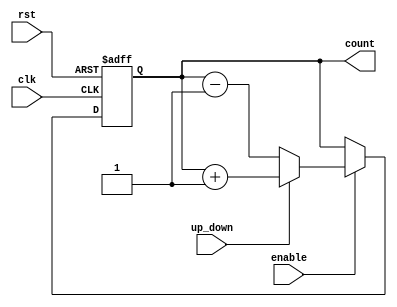
module up_down_counter (
    input clk,
    input rst,
    input up_down,
    input enable,
    output reg [7:0] count
);

// Register to hold the current count value
reg [7:0] count_reg;

always @(posedge clk or posedge rst)
begin
    if (rst)
        count_reg <= 8'h00;
    else if (enable)
    begin
        if (up_down)
            count_reg <= count_reg + 1;
        else
            count_reg <= count_reg - 1;
    end
end

// Output the current count value
assign count = count_reg;

endmodule